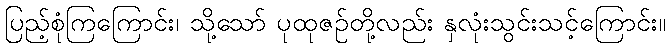
ပြည့်စုံကြကြောင်း၊ သို့သော် ပုထုဇဉ်တို့လည်း နှလုံးသွင်းသင့်ကြောင်း။